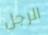
الرجل